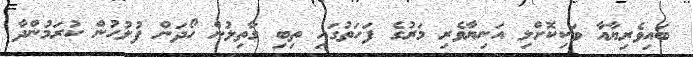
ބައިވެރިޔާއާ ވަކިކޮށްލި އަނިޔާވެރި މަރުގެ ފަހަތުގައި ތިބި ގާތިލުން ހޯދަން ފުލުހުން ކުރަމުންދާ